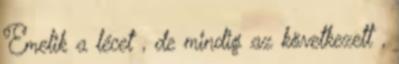
Emelik a lécet , de mindig az következett ,